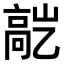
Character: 𬴕